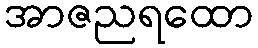
အာဇညရထော